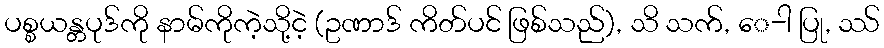
ပစ္စယန္တပုဒ်ကို နာမ်ကိုကဲ့သို့ငဲ့ (ဥဏာဒ် ကိတ်ပင် ဖြစ်သည်), သိ သက်, ေ-ါ ပြု, ဿ်